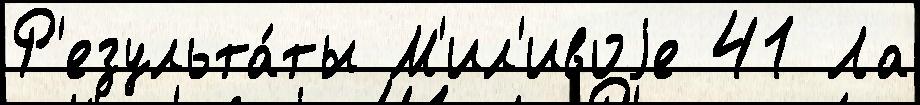
Р'езульта́ты М'ил'ивоjе 41 Ла